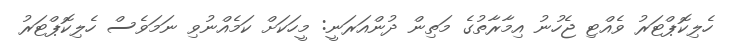
ހެލިކޮޕްޓަރު ވެއްޓި ޖެހުނު އިމާރާތުގެ މަތިން ދުންއަރަނީ: މީހަކަށް ކަމެއްނުވި ނަމަވެސް ހެލިކޮޕްޓަރު